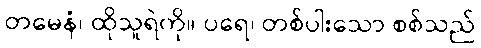
တမေနံ၊ ထိုသူရဲကို။ ပရေ၊ တစ်ပါးသော စစ်သည်